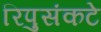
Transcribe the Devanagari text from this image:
रिपुसंकटे